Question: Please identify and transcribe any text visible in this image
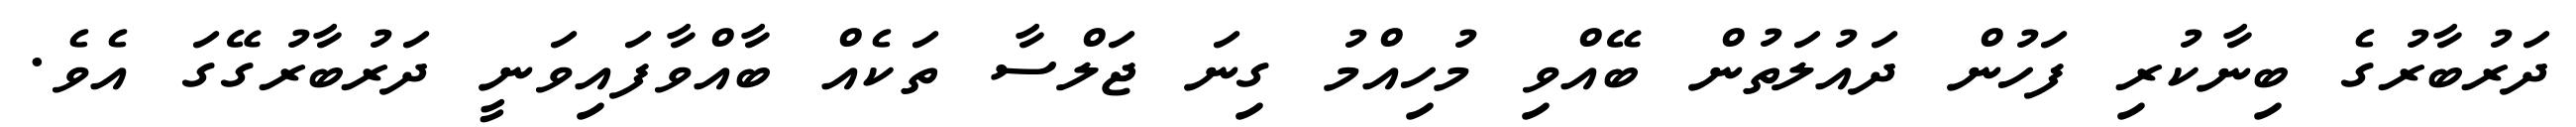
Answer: ދަރުބާރުގެ ބިނާކުރި ފަހުން ދައުލަތުން ބޭއްވި މުހިއްމު ގިނަ ޖަލްސާ ތަކެއް ބާއްވާފައިވަނީ ދަރުބާރުގޭގަ އެވެ.